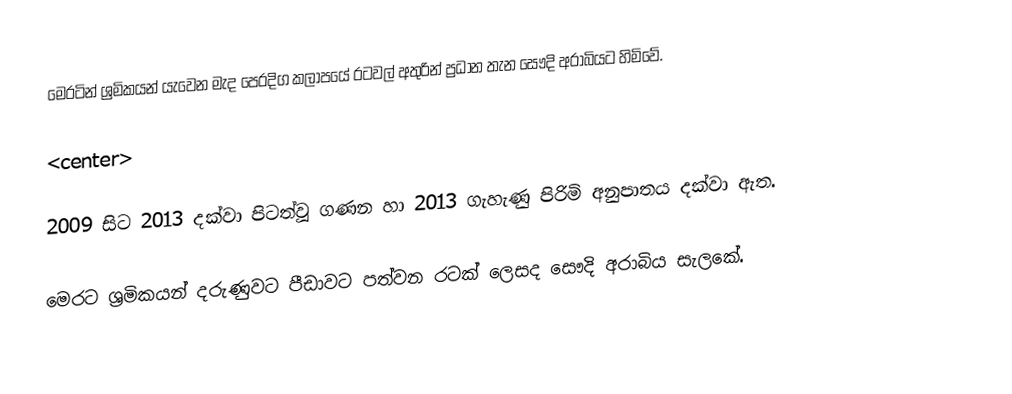
මෙරටින් ශ්‍රමිකයන් යැවෙන මැද පෙරදිග කලාපයේ රටවල් අතුරින් ප්‍රධාන තැන සෞදි අරාබියට හිමිවේ.

<center>

2009 සිට 2013 දක්වා පිටත්වූ ගණන හා 2013 ගැහැණු පිරිමි අනුපාතය දක්වා ඇත.

මෙරට ශ්‍රමිකයන් දරුණුවට පීඩාවට පත්වන රටක් ලෙසද සෞදි අරාබිය සැලකේ.